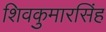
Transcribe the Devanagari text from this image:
शिवकुमारसिंह